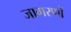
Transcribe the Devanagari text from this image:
जागरणों